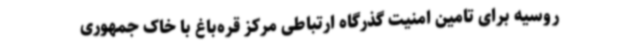
روسیه برای تامین امنیت گذرگاه ارتباطی مرکز قره‌باغ با خاک جمهوری